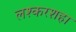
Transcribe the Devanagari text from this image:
लश्करशहा